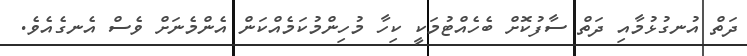
ދަތް އުނގުޅުމާއި ދަތް ސާފުކޮށް ބެހެއްޓުމަކީ ކިހާ މުހިންމުކަމެއްކަން އެންމެނަށް ވެސް އެނގެއެވެ.